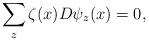
LaTeX: \begin{align*} \sum_z \zeta(x) D\psi_z(x) = 0,\end{align*}